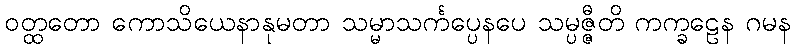
ဝတ္ထတော ကောသိယေနာနုမတာ သမ္မာသင်္ကပ္ပေနပေ သမ္ပဇ္ဇီတိ ကက္ခဠေန ဂမန